Report on sanitation, dispensaries, and jails in Rajputana for 1919, and on vaccination for the year 1919-1920 - 1919-1920
Year: 1919
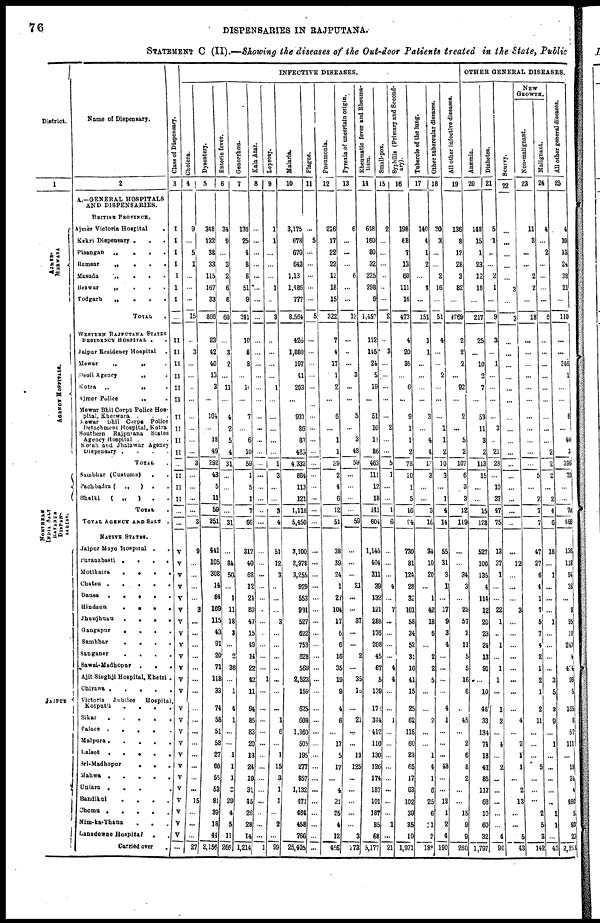
76
DISPENSARIES IN RAJPUTANA.
STATEMENT C (II).—Showing the diseases of the Out-door Patients treated in the State, Public
District.
1
MERWARA
AGENCY HOSPITALS.
NORTHERN
INDIA SALT
REVENUE
DISPEN¬
SARIES.
JAIPUR
Name of Dispensary.
2
A.—GENERAL HOSPITALS
AND DISPENSARIES.
BRITISH PROVINCE.
Ajmer Victoria Hospital
.
Ketri Dispensary .
. .
Pisangan „
.
. .
Ramsar
„
.
.
.
Masuda
„
.
. .
Beawar
„
.
.
.
Todgarh
„
.
.
.
TOTAL .
WESTERN RAJPUTANA STATES
RESIDENCY HOSPITAL . .
Jaipur Residency Hospital .
Mewar
„
„ .
Deoli Agency
„ .
Kotra „
„ .
Ajmer Police
„ .
Mewar Bhil Corps Police Hos-
pital, Kherwara . . .
Mewar bhil Corps Police
Detachment Hospital, Kotra
Southern Rajputana States
Agency Hospital . . .
Kotah and Jhalawar Agency
Dispensary .
.
.
.
TOTAL .
Sambhar (Customs) . .
Pachbadra ( „
) . .
Bhalki
( „
) . .
TOTAL .
TOTAL AGENCY AND SALT .
NATIVE STATES.
Jaipur Mayo Hospital .
.
Puranabasti .
.
.
.
Motikatra
.
.
.
.
Chatsu .
.
.
.
.
Dausa .
.
.
.
. .
Hindaun
.
.
.
.
Jhunjhunu
.
.
.
.
Gangapur
.
.
.
.
Sambhar
.
.
.
.
Sanganer
.
.
. .
Sawai-Madhopur .
.
.
Ajit Singhji Hospital, Khetri .
Chirawa .
.
.
.
.
Victoria Jubilee Hospital,
Kotputli
.
.
.
.
Sikar
.
.
. . .
Palace .
.
.
.
.
Malpura.
.
.
.
.
Lalsot .
.
.
.
.
Sri-Madhopur
.
.
.
Mahwa .
.
.
.
.
Uniara .
.
.
.
Bandikul
.
.
.
.
Chomu .
.
.
.
.
Nim-ka-Thana . . .
Lansdowne Hospital
. .
Carried over
.
Class of Dispensary.
3
I
I
I
I
I
I
I
...
II
II
II
II
II
II
II
II
II
II
...
II
II
II
...
...
V
V
V
V
V
V
V
V
V
V
V
V
V
V
V
V
V
V
V
V
V
V
V
V
V
...
INFECTIVE DISEASES.
Cholera.
4
9
...
5
1
...
...
...
15
...
3
...
...
...
...
...
...
...
...
3
...
...
...
...
3
9
...
...
...
...
3
...
...
...
...
...
...
...
...
...
...
...
...
...
...
...
15
...
...
...
27
Dysentery.
5
348
132
38
33
115
167
33
866
23
42
40
13
3
...
104
...
18
49
292
43
5
11
59
351
441
105
308
14
64
109
115
43
91
20
71
118
33
74
58
51
58
27
66
55
53
811
39
18
44
2,156
Enteric fever.
6
34
9
...
3
2
6
6
60
...
3
2
...
11
...
4
2
5
4
31
...
...
...
...
31
...
84
50
...
1
11
18
3
...
2
36
...
1
4
1
...
...
1
1
1
3
29
4
5
11
266
Genorrhœa.
7
136
25
4
8
8
51
9
241
10
8
8
...
10
...
7
...
6
10
59
1
5
1
7
66
317
40
68
12
24
80
47
15
49
14
22
42
11
94
85
83
20
13
24
10
31
45
26
28
14
1,214
Kala Azar.
8
...
...
...
...
...
...
...
...
...
...
...
...
...
...
...
...
...
...
...
...
...
...
...
...
...
...
...
...
...
...
...
...
...
...
...
1
...
...
...
...
...
...
...
...
...
...
...
...
...
1
Leprosy.
9
1
1
...
...
...
1
...
3
...
...
...
...
1
...
...
...
...
...
1
3
...
...
3
4
51
12
3
...
...
...
3
...
...
...
...
...
...
...
1
6
...
1
15
3
1
1
...
2
...
99
Malaria.
10
3,175
678
670
643
1,13
1,486
777
8,564
426
1,880
197
41
203
...
931
86
83
485
4,332
884
113
121
1,118
5,450
3,100
2,973
3,255
929
553
991
527
622
753
628
569
2,523
159
625
608
1,360
505
195
277
957
1,132
471
464
458
766
25,405
Plague.
11
...
5
...
...
...
...
...
5
...
...
...
...
...
...
...
...
...
...
...
...
...
...
...
...
...
...
...
...
...
...
...
...
...
...
...
...
...
...
...
...
...
...
...
...
...
...
...
...
...
...
Pneumonia.
12
216
17
22
22
12
18
15
322
7
4
17
1
2
...
6
...
1
1
39
2
4
6
12
51
38
39
24
1
27
104
17
6
6
16
35
19
9
4
6
...
17
5
17
...
4
21
25
4
12
456
Pyrexia of uncertain origin.
13
6
...
...
...
6
...
...
12
...
...
...
3
...
...
5
...
3
48
59
...
...
...
...
59
...
...
...
21
...
...
37
...
...
2
...
35
16
...
21
...
...
13
125
...
...
...
...
...
3
273
Rheumatic fever ana Rheuma¬
tism.
14
618
160
80
32
225
298
9
1,452
112
145
24
5
19
...
51
10
11
86
463
111
12
18
141
604
1,146
404
311
39
132
121
288
176
208
45
67
5
139
172
344
412
110
130
126
174
187
101
137
85
68
5,177
Small-pox.
15
2
...
...
...
...
...
...
2
...
3
...
...
...
...
...
2
...
...
5
1
...
...
1
6
...
...
...
4
...
7
...
...
...
...
4
4
...
...
1
...
...
...
...
...
...
...
...
1
...
21
Syphilis (Primary and Second-
ary).
16
198
68
7
13
60
111
16
473
4
20
35
...
6
...
9
1
1
2
78
10
1
5
16
94
730
81
124
28
32
101
58
34
52
31
16
41
15
25
62
118
60
23
65
17
63
102
39
35
19
1,971
Tubercle of the lung.
17
140
4
1
2
...
4
...
151
1
1
...
...
...
...
3
...
4
4
13
3
...
...
3
16
34
10
20
...
1
42
18
6
...
2
2
5
...
...
2
...
...
1
4
1
6
25
6
1
2
189
Other tubercular diseases.
18
30
3
...
...
2
16
...
51
4
...
...
2
...
...
...
1
1
2
10
3
...
1
4
14
55
31
3
1
...
17
9
3
4
...
...
...
...
4
1
...
...
...
43
...
...
12
1
2
4
190
All other Infective diseases.
19
136
8
12
28
3
82
...
269
2
2
2
...
92
...
2
...
5
2
107
6
3
3
12
119
...
...
34
3
...
25
57
2
11
5
5
16
6
...
45
...
2
6
8
2
...
...
15
9
9
260
OTHER GENERAL DISEASES.
Anæmia.
20
148
15
1
23
12
18
...
217
25
...
10
2
7
...
53
11
3
2
113
15
...
...
15
128
527
100
135
4
114
12
20
23
24
13
91
...
10
46
33
134
74
18
47
85
117
68
10
60
32
1,797
Diabetes.
21
5
1
...
...
2
1
...
9
3
...
1
...
...
...
...
3
...
21
28
...
10
37
47
75
13
37
1
...
...
22
1
...
1
...
1
1
...
1
2
...
4
...
2
...
...
...
...
...
4
90
Scurvy.
22
...
...
...
...
...
3
...
3
...
...
...
...
...
...
...
...
...
...
...
...
...
...
...
...
...
12
...
...
...
3
...
...
...
...
...
...
...
...
4
...
2
1
1
...
2
13
...
...
5
43
NEW
GROWTH.
Non-malignant.
23
11
3
...
...
2
2
...
18
...
...
...
...
...
...
...
...
...
...
...
5
...
2
7
7
47
27
6
4
1
7
5
7
4
2
1
2
1
2
11
...
...
...
5
...
...
...
2
5
3
142
Malignant.
24
4
...
2
...
...
...
...
6
...
...
...
...
...
...
...
...
...
2
2
2
...
2
4
6
18
...
1
...
...
...
1
...
...
...
...
3
5
3
9
...
1
...
...
...
...
...
1
1
...
43
All other general diseases.
25
4
10
13
24
38
21
...
110
...
...
346
1
...
...
6
...
40
3
396
70
...
...
70
466
136
118
94
35
...
3
95
10
24
...
43
94
...
16
...
5
11
...
1
2
...
48
...
9
2
2,23